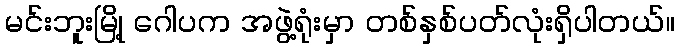
မင်းဘူးမြို့ ဂေါပက အဖွဲ့ရုံးမှာ တစ်နှစ်ပတ်လုံးရှိပါတယ်။